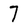
Character: 7